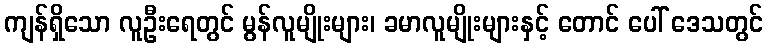
ကျန်ရှိသော လူဦးရေတွင် မွန်လူမျိုးများ၊ ခမာလူမျိုးများနှင့် တောင် ပေါ် ဒေသတွင်